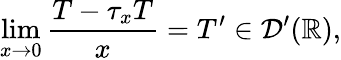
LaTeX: \operatorname*{lim}_{x\to 0}{\frac{T-\tau_{x}T}{x}}=T^{\prime}\in{\mathcal{D}}^{\prime}(\mathbb{R}),